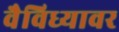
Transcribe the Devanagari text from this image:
वैविध्यावर